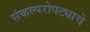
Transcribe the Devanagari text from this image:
संकल्परोपट्याचे